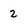
Character: 2